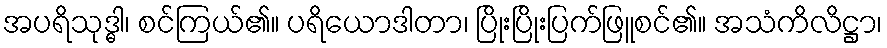
အပရိသုဒ္ဓါ၊ စင်ကြယ်၏။ ပရိယောဒါတာ၊ ပြိုးပြိုးပြက်ဖြူစင်၏။ အသံကိလိဋ္ဌာ၊